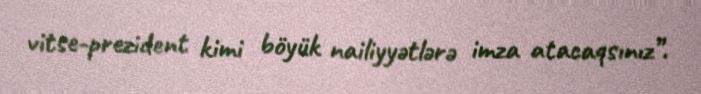
vitse-prezident kimi böyük nailiyyətlərə imza atacaqsınız”.